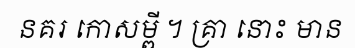
នគរ កោសម្ពី ។ គ្រា នោះ មាន